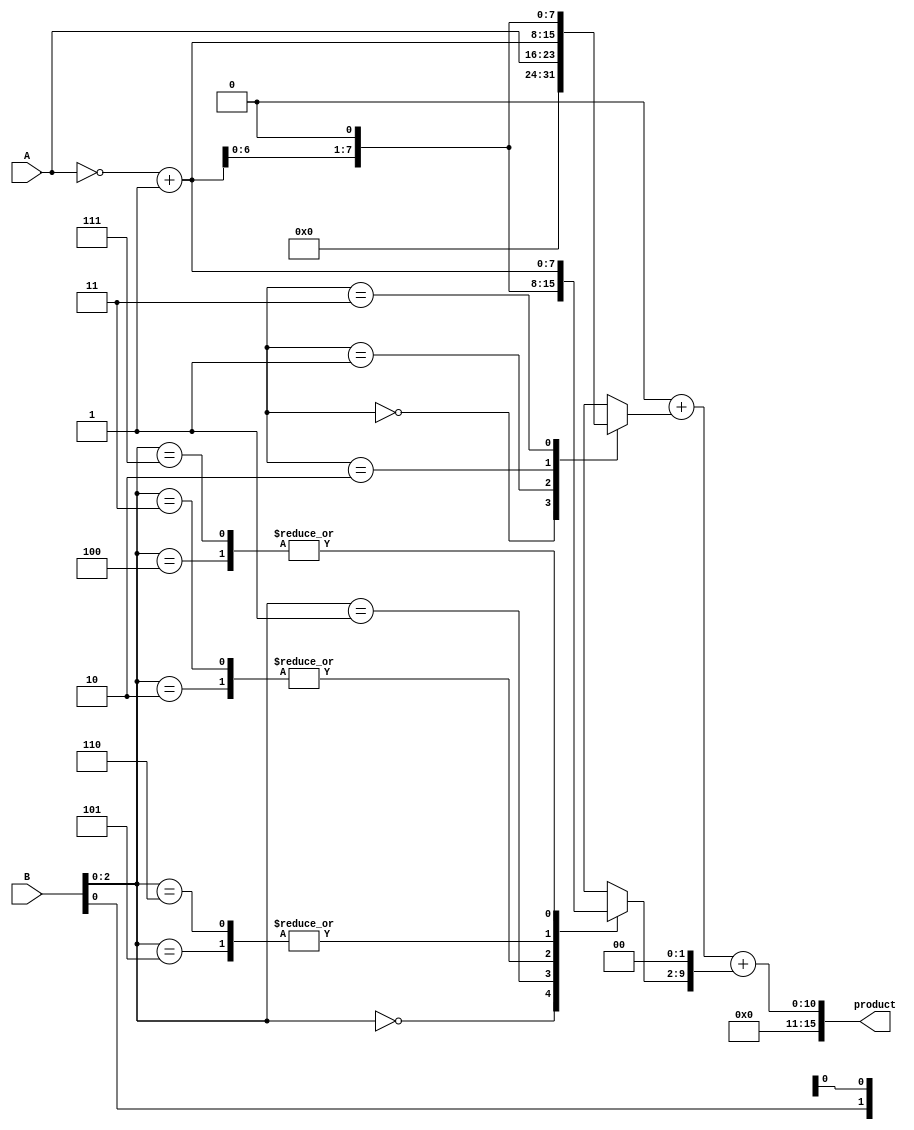
module modified_booth_multiplier #(parameter N = 8) (
    input  wire [N-1:0] A,       // Multiplicand
    input  wire [N-1:0] B,       // Multiplier
    output reg [2*N-1:0] product  // Product
);

    reg [N-1:0] partial_products [0:(N/3)]; // Array to hold partial products
    reg [N+1:0] B_ext;  // Extended multiplier for Booth encoding
    integer i;

    // Booth encoding
    always @(*) begin
        // Initialize the product to zero
        product = 0;

        // Extend the multiplier B with an extra bit for Booth's algorithm
        B_ext = {1'b0, B, 1'b0}; // Add a zero bit at the LSB and MSB

        // Generate partial products based on Booth encoding
        for (i = 0; i < N; i = i + 2) begin
            case (B_ext[i+1:i-1]) // Group of 3 bits
                3'b000: partial_products[i/2] = 0;          // 0
                3'b001: partial_products[i/2] = A;          // +A
                3'b010: partial_products[i/2] = A << 1;     // +2A
                3'b011: partial_products[i/2] = A << 1;     // +2A
                3'b100: partial_products[i/2] = ~A + 1;     // -A
                3'b101: partial_products[i/2] = (~A + 1) << 1; // -2A
                3'b110: partial_products[i/2] = (~A + 1) << 1; // -2A
                3'b111: partial_products[i/2] = ~A + 1;     // -A
            endcase
        end

        // Add partial products
        for (i = 0; i < (N/3); i = i + 1) begin
            product = product + (partial_products[i] << (2*i)); // Shift left according to position
        end
    end

endmodule